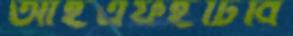
আইএফইটিবি